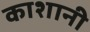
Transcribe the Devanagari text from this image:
काशानी